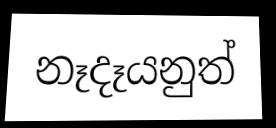
නෑදෑයනුත්